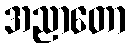
အညာတော